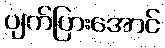
ပျက်ပြားအောင်